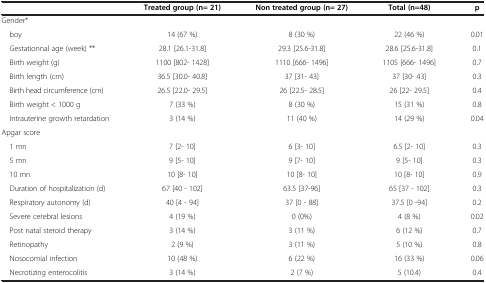
<table><thead><tr><td><b> </b></td><td><b>Treated group (n= 21)</b></td><td><b>Non treated group (n= 27)</b></td><td><b>Total (n=48)</b></td><td><b>p</b></td></tr></thead><tbody><tr><td>Gender*</td><td> </td><td> </td><td> </td><td> </td></tr><tr><td> boy</td><td>14 (67 %)</td><td>8 (30 %)</td><td>22 (46 %)</td><td>0.01</td></tr><tr><td> Gestationnal age (week) **</td><td>28.1 [26.1-31.8]</td><td>29.3 [25.6-31.8]</td><td>28.6 [25.6-31.8]</td><td>0.1</td></tr><tr><td> Birth weight (g)</td><td>1100 [802- 1428]</td><td>1110 [666- 1496]</td><td>1105 [666- 1496]</td><td>0.7</td></tr><tr><td> Birth length (cm)</td><td>36.5 [30.0- 40.8]</td><td>37 [31- 43]</td><td>37 [30- 43]</td><td>0.3</td></tr><tr><td> Birth head circumference (cm)</td><td>26.5 [22.0- 29.5]</td><td>26 [22.5- 28.5]</td><td>26 [22- 29.5]</td><td>0.4</td></tr><tr><td> Birth weight &lt; 1000 g</td><td>7 (33 %)</td><td>8 (30 %)</td><td>15 (31 %)</td><td>0.8</td></tr><tr><td> Intrauterine growth retardation</td><td>3 (14 %)</td><td>11 (40 %)</td><td>14 (29 %)</td><td>0.04</td></tr><tr><td>Apgar score</td><td> </td><td> </td><td> </td><td> </td></tr><tr><td> 1 mn</td><td>7 [2- 10]</td><td>6 [3- 10]</td><td>6.5 [2- 10]</td><td>0.3</td></tr><tr><td> 5 mn</td><td>9 [5- 10]</td><td>9 [7- 10]</td><td>9 [5- 10]</td><td>0.3</td></tr><tr><td> 10 mn</td><td>10 [8- 10]</td><td>10 [8- 10]</td><td>10 [8- 10]</td><td>0.9</td></tr><tr><td> Duration of hospitalization (d)</td><td>67 [40 - 102]</td><td>63.5 [37-96]</td><td>65 [37 - 102]</td><td>0.3</td></tr><tr><td> Respiratory autonomy (d)</td><td>40 [4 - 94]</td><td>37 [0 - 88]</td><td>37.5 [0 -94]</td><td>0.2</td></tr><tr><td> Severe cerebral lesions</td><td>4 (19 %)</td><td>0 (0%)</td><td>4 (8 %)</td><td>0.02</td></tr><tr><td> Post natal steroid therapy</td><td>3 (14 %)</td><td>3 (11 %)</td><td>6 (12 %)</td><td>0.7</td></tr><tr><td> Retinopathy</td><td>2 (9 %)</td><td>3 (11 %)</td><td>5 (10 %)</td><td>0.8</td></tr><tr><td> Nosocomial infection</td><td>10 (48 %)</td><td>6 (22 %)</td><td>16 (33 %)</td><td>0.06</td></tr><tr><td> Necrotizing enterocolitis</td><td>3 (14 %)</td><td>2 (7 %)</td><td>5 (10.4)</td><td>0.4</td></tr></tbody></table>